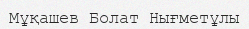
Мұқашев Болат Нығметұлы